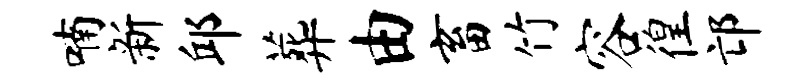
喃新邱葬由畜竹容徨邙